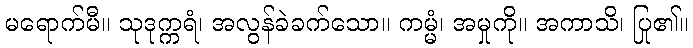
မရောက်မီ။ သုဒုက္ကရံ၊ အလွန်ခဲခက်သော။ ကမ္မံ၊ အမှုကို။ အကာသိ၊ ပြု၏။